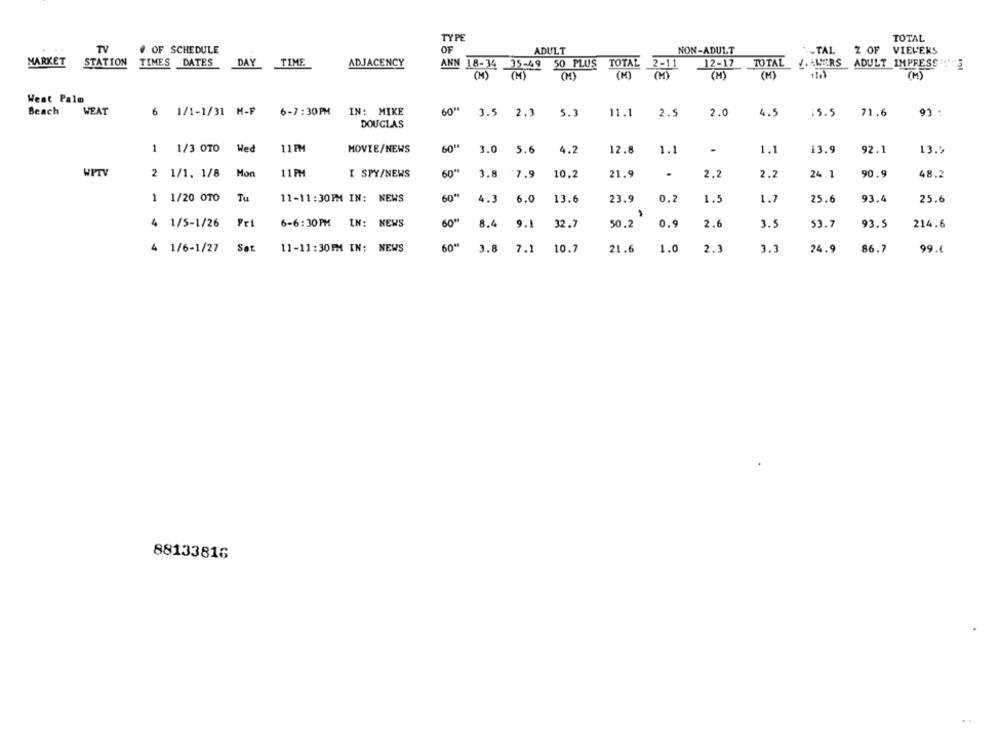
TYPE
TOTAL
TV
OF SCHEDULE
OF
ADULT
NON-ADULT
.- TAL
Z OF
VIEWERS
MARKET
STATION
TIMES DATES
DAY
TIME
ADJACENCY
ANN 18-34 35-49
50 PLUS
TOTAL 2-11
12-17
TOTAL
. 4WERS
ADULT IMPRESS :"'S
(M)
(M)
(M)
(M)
(M)
(M) (M)
West Palm
Beach
WEAT
6 1/1-1/31 M-F
6-7:30PM
IN: MIKE
60"
3.5
2.3
5.3
11.1
2.5
2.0
4.5
:5.5
71.6
93 .
DOUGLAS
1 1/3 0TO Wed
11 FM
MOVIE/NEWS
3.0 5.6
4.2
12.8
1.1
-
1.1
13.9
92.1
13.5
WPT
2 1/1. 1/8
Mon
11PM
I SPY/NEWS
60"
3.8
7.9
10.2
21.9
2.2
2.2
24 .1
90.9
48.2
Tu
60
1 1/20 OTO
11-11:30PM IN: NEWS
4.3
6.0
13.6
23.9
0.2
1.5
1.7
25.6
93.4
25.6
4 1/5-1/26
Pri
6-6:30 PM
IN: NEWS
60"
8.4
9.1
32.7
50.2
0.9
2.6
3.5
53.7
93.5
214.6
4 1/6-1/27
Sat
11-11:30PM IN: NEWS
60"
3.8
7.1
10.7
21.6
1.0
2.3
3.3
24.9
86.7
99.4
88133816